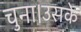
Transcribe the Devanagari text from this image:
चुना।उसके